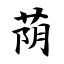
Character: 荫